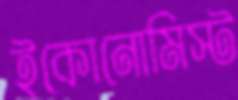
ইকোনোমিস্ট